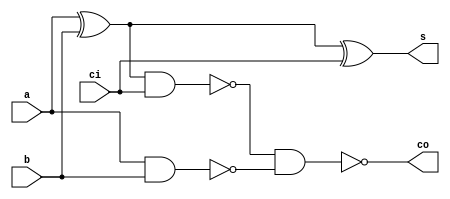
/*
*Hoat Vu
*CSC137
*Project 1
**/

module full_adder
(
  input a,b,ci,
  output s, co 
);

wire w1, w2, w3;

xor   x1(w1, a, b);
xor   x2(s, w1, ci);
nand  n1(w2, w1, ci);
nand  n2(w3, a, b);
nand  n3(co, w2, w3);

endmodule